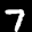
Label: 7